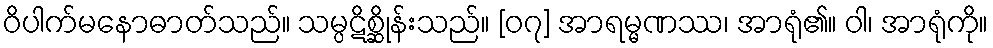
ဝိပါက်မနောဓာတ်သည်။ သမ္ပဋိစ္ဆိုန်းသည်။ [၀၇] အာရမ္မဏဿ၊ အာရုံ၏။ ဝါ၊ အာရုံကို။